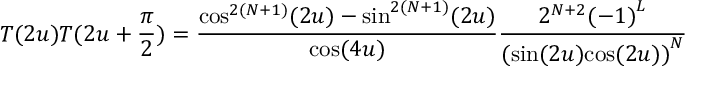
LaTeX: T ( 2 u ) T ( 2 u + \frac { \pi } { 2 } ) = \frac { { \cos } ^ { 2 ( N + 1 ) } ( 2 u ) - { \sin } ^ { 2 ( N + 1 ) } ( 2 u ) } { \cos ( 4 u ) } \frac { 2 ^ { N + 2 } { ( - 1 ) } ^ { L } } { ( { { \sin } ( 2 u ) { \cos } ( 2 u ) ) } ^ { N } }